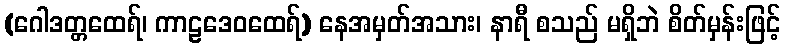
(ဂေါဒတ္တထေရ်၊ ကာဠဒေဝထေရ်) နေအမှတ်အသား၊ နာရီ စသည် မရှိဘဲ စိတ်မှန်းဖြင့်